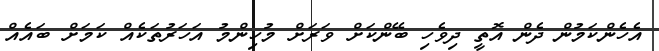
އެހެންކަމުން ދެން އޮތީ ދިވެހި ބޭންކަށް ވަރަށް މުހިންމު އަހަރުތަކެއް ކަމަށް ބައެއް